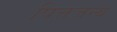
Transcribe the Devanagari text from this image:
पित्तजन्य